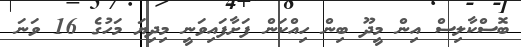
ބޮސްކާލިސް އިން މީދޫ ބިން ހިއްކަން ފަށާފައިވަނީ މިދިޔަ މަހުގެ 16 ވަނަ